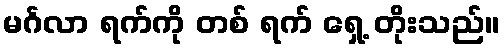
မင်္ဂလာ ရက်ကို တစ် ရက် ရှေ့ တိုးသည်။